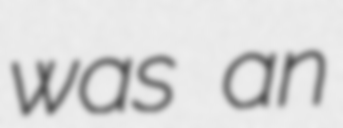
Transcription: was an